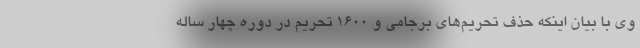
وی با بیان اینکه حذف تحریم‌های برجامی و ۱۶۰۰ تحریم در دوره چهار ساله